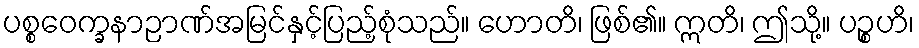
ပစ္စဝေက္ခနာဉာဏ်အမြင်နှင့်ပြည့်စုံသည်။ ဟောတိ၊ ဖြစ်၏။ ဣတိ၊ ဤသို့။ ပဉ္စဟိ၊